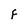
Character: F